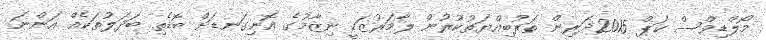
މޯލްޑިވްސް ކަޕް 2015ދަރިން ތަރުބިއްޔަތުކުރުން ލާމަރުޒަކީ ނިޒާމުގެ އޮނިގަނޑަށް ބޮޑެތި ބަދަލުތަކެއް އަންނަ